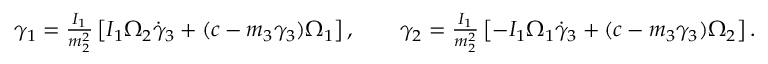
\begin{array} { r } { \gamma _ { 1 } = \frac { I _ { 1 } } { m _ { 2 } ^ { 2 } } \left[ I _ { 1 } \Omega _ { 2 } \dot { \gamma } _ { 3 } + ( c - m _ { 3 } \gamma _ { 3 } ) \Omega _ { 1 } \right] , \qquad \gamma _ { 2 } = \frac { I _ { 1 } } { m _ { 2 } ^ { 2 } } \left[ - I _ { 1 } \Omega _ { 1 } \dot { \gamma } _ { 3 } + ( c - m _ { 3 } \gamma _ { 3 } ) \Omega _ { 2 } \right] . } \end{array}